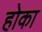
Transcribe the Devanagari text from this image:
होका